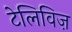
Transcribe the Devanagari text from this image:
टेलिविज़